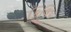
કિલિપ